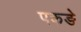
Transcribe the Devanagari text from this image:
पकङे